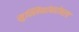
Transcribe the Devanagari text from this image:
मुस्लिमांबरोबरच